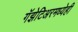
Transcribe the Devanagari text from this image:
गॅझेटिअरमध्येही